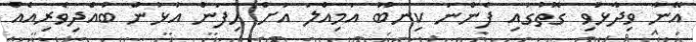
އޭނާ ވިދާޅުވި ގޮތުގައި ފެންނަ ކިނބޫ އަމިއްލަ އަށް ހިފަން އުޅުން ބުއްދިވެރިއެއް